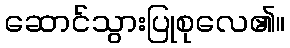
ဆောင်သွားပြုစုလေ၏။